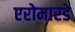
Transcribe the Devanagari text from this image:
एरोमारडे